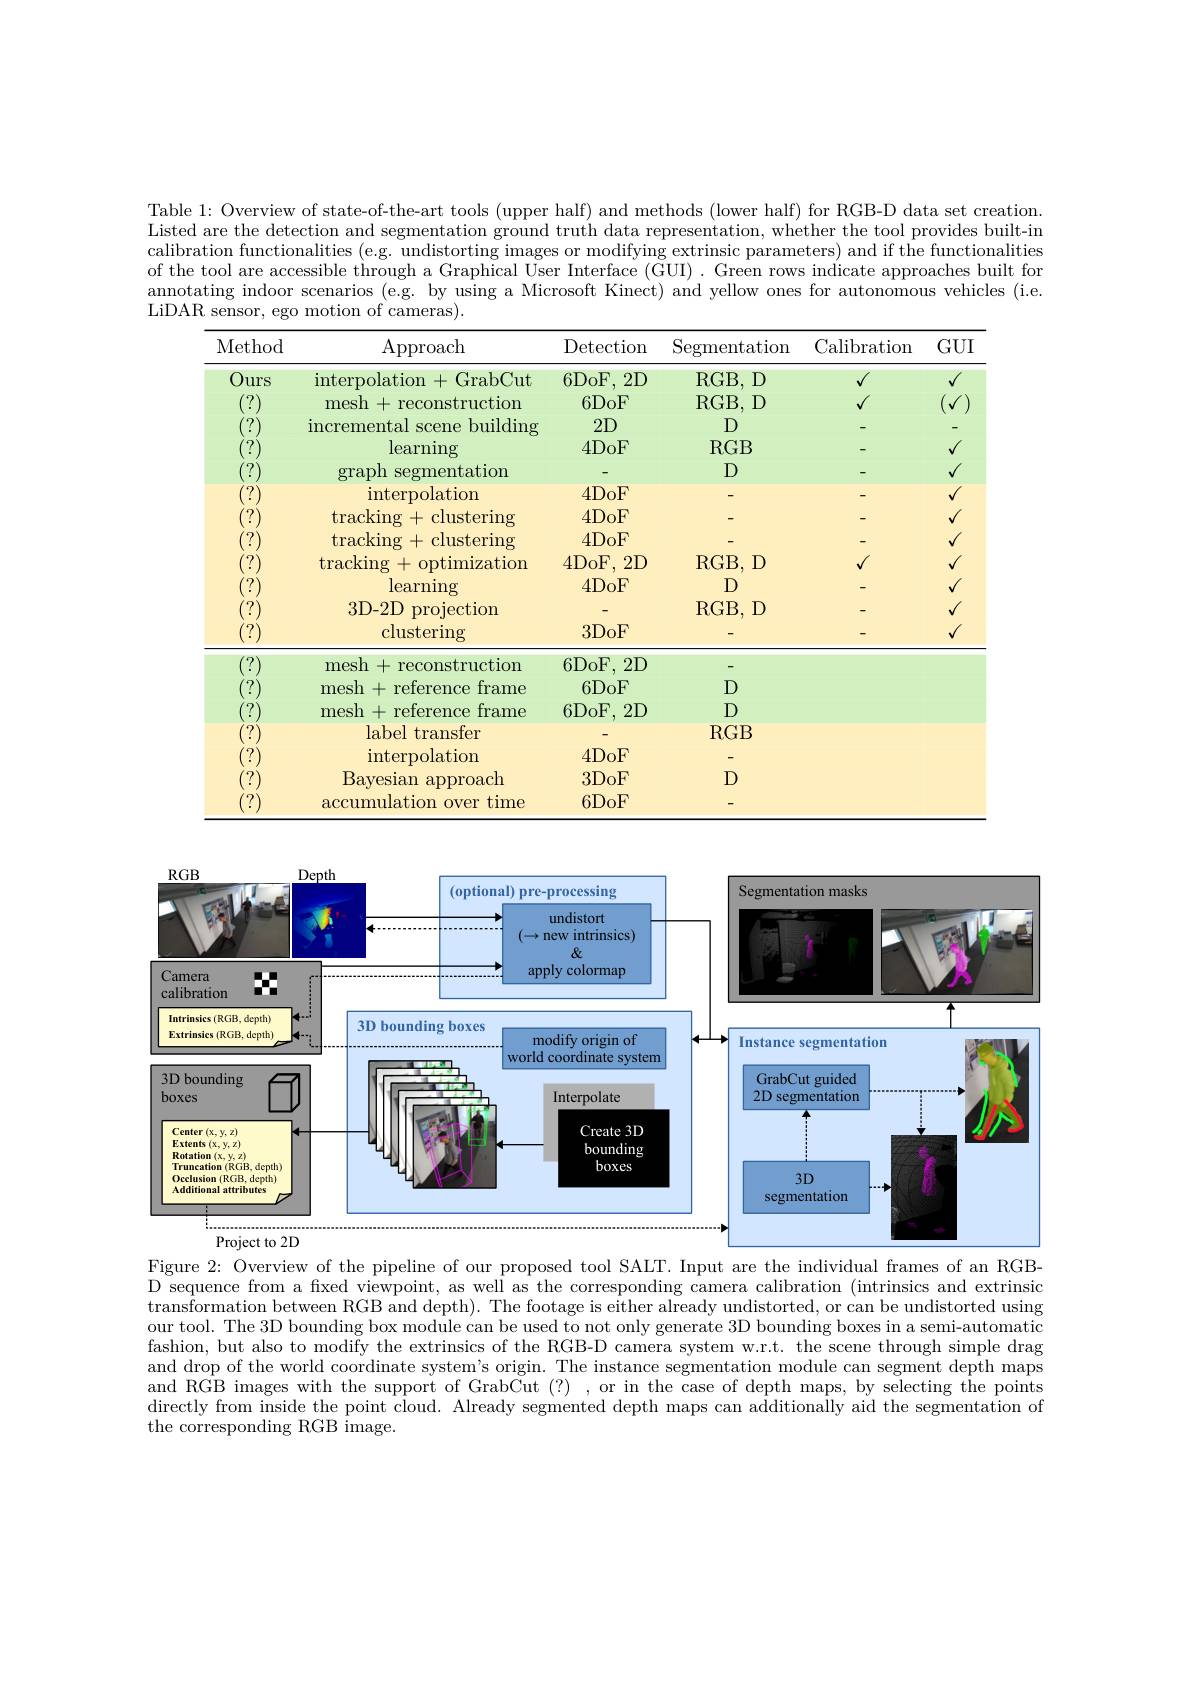
Table 1: Overview of state-of-the-art tools (upper half) and methods (lower half) for RGB-D data set creation. Listed are the detection and segmentation ground truth data representation, whether the tool provides built-in calibration functionalities (e.g. undistorting images or modifying extrinsic parameters) and if the functionalities of the tool are accessible through a Graphical User Interface (GUI) . Green rows indicate approaches built for annotating indoor scenarios (e.g. by using a Microsoft Kinect) and yellow ones for autonomous vehicles (i.e. LiDAR sensor, ego motion of cameras).

<table>
	<tbody>
		<tr>
			<th>Method</th>
			<th>Approach</th>
			<th>Detection</th>
			<th>Segmentation</th>
			<th>Calibration</th>
			<th>$GUI$</th>
		</tr>
		<tr>
			<td>Ours</td>
			<td>interpolation +GrabCut</td>
			<td>6DoF. $2D$</td>
			<td>$RGB$ D</td>
			<td>$√$</td>
			<td>$√$</td>
		</tr>
		<tr>
			<td> </td>
			<td>mesh 1. + reconstruction</td>
			<td>$6DoF$</td>
			<td>$RGB$ D</td>
			<td>$\sqrt{1}$</td>
			<td>$√$ 1 T r</td>
		</tr>
		<tr>
			<td> </td>
			<td>ebuilding incremental scene</td>
			<td>$2D$</td>
			<td>$D$</td>
			<td> </td>
			<td>-</td>
		</tr>
		<tr>
			<td> </td>
			<td>learning</td>
			<td>$4DoF$</td>
			<td>$RGB$</td>
			<td> </td>
			<td>$√$</td>
		</tr>
		<tr>
			<td> </td>
			<td>graph segmentation</td>
			<td> </td>
			<td>$D$</td>
			<td> </td>
			<td>$√$</td>
		</tr>
		<tr>
			<td> </td>
			<td>interpolation</td>
			<td>4DoF</td>
			<td> </td>
			<td> </td>
			<td>$√$</td>
		</tr>
		<tr>
			<td> </td>
			<td>$\operatorname{tracking}+\operatorname{clustering}$</td>
			<td>4DoF</td>
			<td> </td>
			<td> </td>
			<td>$√$</td>
		</tr>
		<tr>
			<td> </td>
			<td>$\operatorname{tracking}+\operatorname{clustering}$</td>
			<td>4DoF</td>
			<td> </td>
			<td> </td>
			<td>$√$</td>
		</tr>
		<tr>
			<td> </td>
			<td>$\operatorname{tracking}+$optimization</td>
			<td>$4DoF$, $2D$</td>
			<td>$RGB$ $D$</td>
			<td>$v$</td>
			<td>$√$</td>
		</tr>
		<tr>
			<td> </td>
			<td>learning</td>
			<td>$4DoF$</td>
			<td>$D$</td>
			<td> </td>
			<td>$V$</td>
		</tr>
		<tr>
			<td> </td>
			<td>3D-2D projection</td>
			<td> </td>
			<td>RGB, D</td>
			<td> </td>
			<td>$\checkmark$</td>
		</tr>
		<tr>
			<td> </td>
			<td>clustering</td>
			<td>3DoF</td>
			<td> </td>
			<td> </td>
			<td>$v$</td>
		</tr>
		<tr>
			<td> </td>
			<td>mesh+reconstruction</td>
			<td>6DoF $2D$</td>
			<td> </td>
			<td> </td>
			<td> </td>
		</tr>
		<tr>
			<td> </td>
			<td>mesh + reference frame</td>
			<td>$6DoF$</td>
			<td>$D$</td>
			<td> </td>
			<td> </td>
		</tr>
		<tr>
			<td> </td>
			<td>mesh + reference frame</td>
			<td>$6DoF.$ $2D$</td>
			<td>$D$</td>
			<td> </td>
			<td> </td>
		</tr>
		<tr>
			<td> </td>
			<td>label transfer</td>
			<td> </td>
			<td>$RGB$</td>
			<td> </td>
			<td> </td>
		</tr>
		<tr>
			<td> </td>
			<td>interpolation</td>
			<td>$4DoF$</td>
			<td> </td>
			<td> </td>
			<td> </td>
		</tr>
		<tr>
			<td> </td>
			<td>Bayesian approach</td>
			<td>3DoF</td>
			<td>D</td>
			<td> </td>
			<td> </td>
		</tr>
		<tr>
			<td> </td>
			<td>accumulation over time</td>
			<td>$6DoF$</td>
			<td> </td>
			<td> </td>
			<td> </td>
		</tr>
	</tbody>
</table>

<FigureHere>
Project to 2D

Figure 2: Overview of the pipeline of our proposed tool SALT. Input are the individual frames of an RGBD sequence from a fixed viewpoint, as well as the corresponding camera calibration (intrinsics and extrinsic transformation between RGB and depth). The footage is either already undistorted, or can be undistorted using our tool. The 3D bounding box module can be used to not only generate 3D bounding boxes in a semi-automatic fashion, but also to modify the extrinsics of the RGB-D camera system w.r.t. the scene through simple drag and drop of the world coordinate system's origin. The instance segmentation module can segment depth maps and RGB images with the support of GrabCut (?) ,or in the case of depth maps, by selecting the points directly from inside the point cloud. Already segmented depth maps can additionally aid the segmentation of the corresponding RGB image.